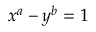
x ^ { a } - y ^ { b } = 1